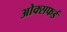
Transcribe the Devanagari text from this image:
ओक्सफर्ड